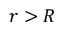
r > R